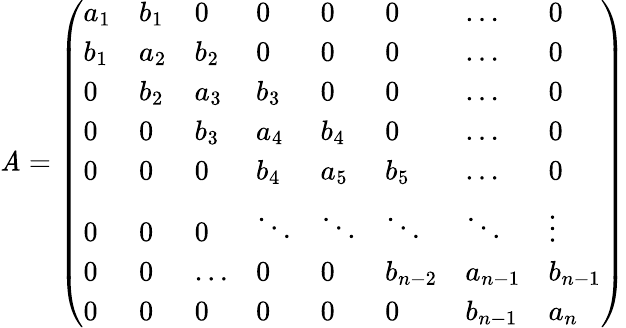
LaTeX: \mathit{A}=\left(\begin{array}{llllllll}{a_{1}}&{b_{1}}&{0}&{0}&{0}&{0}&{\dots}&{0}\\ {b_{1}}&{a_{2}}&{b_{2}}&{0}&{0}&{0}&{\dots}&{0}\\ {0}&{b_{2}}&{a_{3}}&{b_{3}}&{0}&{0}&{\dots}&{0}\\ {0}&{0}&{b_{3}}&{a_{4}}&{b_{4}}&{0}&{\dots}&{0}\\ {0}&{0}&{0}&{b_{4}}&{a_{5}}&{b_{5}}&{\dots}&{0}\\ {0}&{0}&{0}&{\ddots}&{\ddots}&{\ddots}&{\ddots}&{\vdots}\\ {0}&{0}&{\dots}&{0}&{0}&{b_{n-2}}&{a_{n-1}}&{b_{n-1}}\\ {0}&{0}&{0}&{0}&{0}&{0}&{b_{n-1}}&{a_{n}}\end{array}\right)